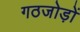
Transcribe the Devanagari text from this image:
गठजोड़ों